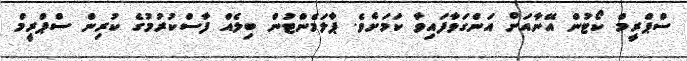
ސްޕްރީމް ކޯޓުން އޭނާއަށް އަންގަވާފައިވާ ކަމަށެވެ. ޕާލަމެންޓުން ބިލެއް ފާސްކުރުމުގެ ކުރިން ސްޕްރީމް